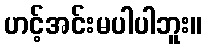
ဟင့်အင်းမပါပါဘူး။